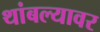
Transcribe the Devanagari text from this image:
थांबल्यावर